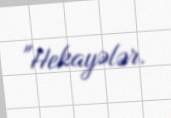
"Hekayələr.